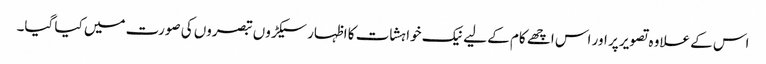
اس کے علاوہ تصویر پر اور اس اچھے کام کے لیے نیک خواہشات کا اظہار سیکڑوں تبصروں کی صورت میں کیا گیا۔